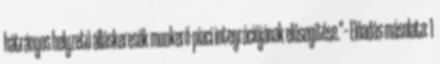
hátrányos helyzetű álláskeresők munkerő-piaci integrációjának elősegítése."— Előadás másolata: 1